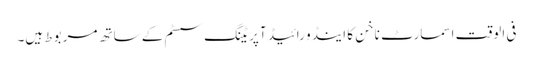
فی الوقت اسمارٹ ناخن کا اینڈو رائیڈ آپریٹنگ سسٹم کے ساتھ مربوط ہیں۔